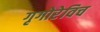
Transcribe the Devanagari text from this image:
गृगोरेविच